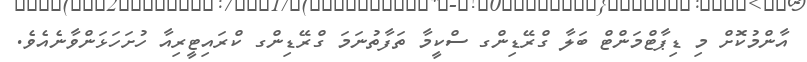
އާންމުކޮށް މި ޑިޕާޓްމަންޓް ބަލާ ގްރޭޑިންގ ސްކީމާ ތަފާތުނަމަ ގްރޭޑިންގ ކްރައިޓީރިއާ ހުށަހަޅަންވާނެއެވެ.